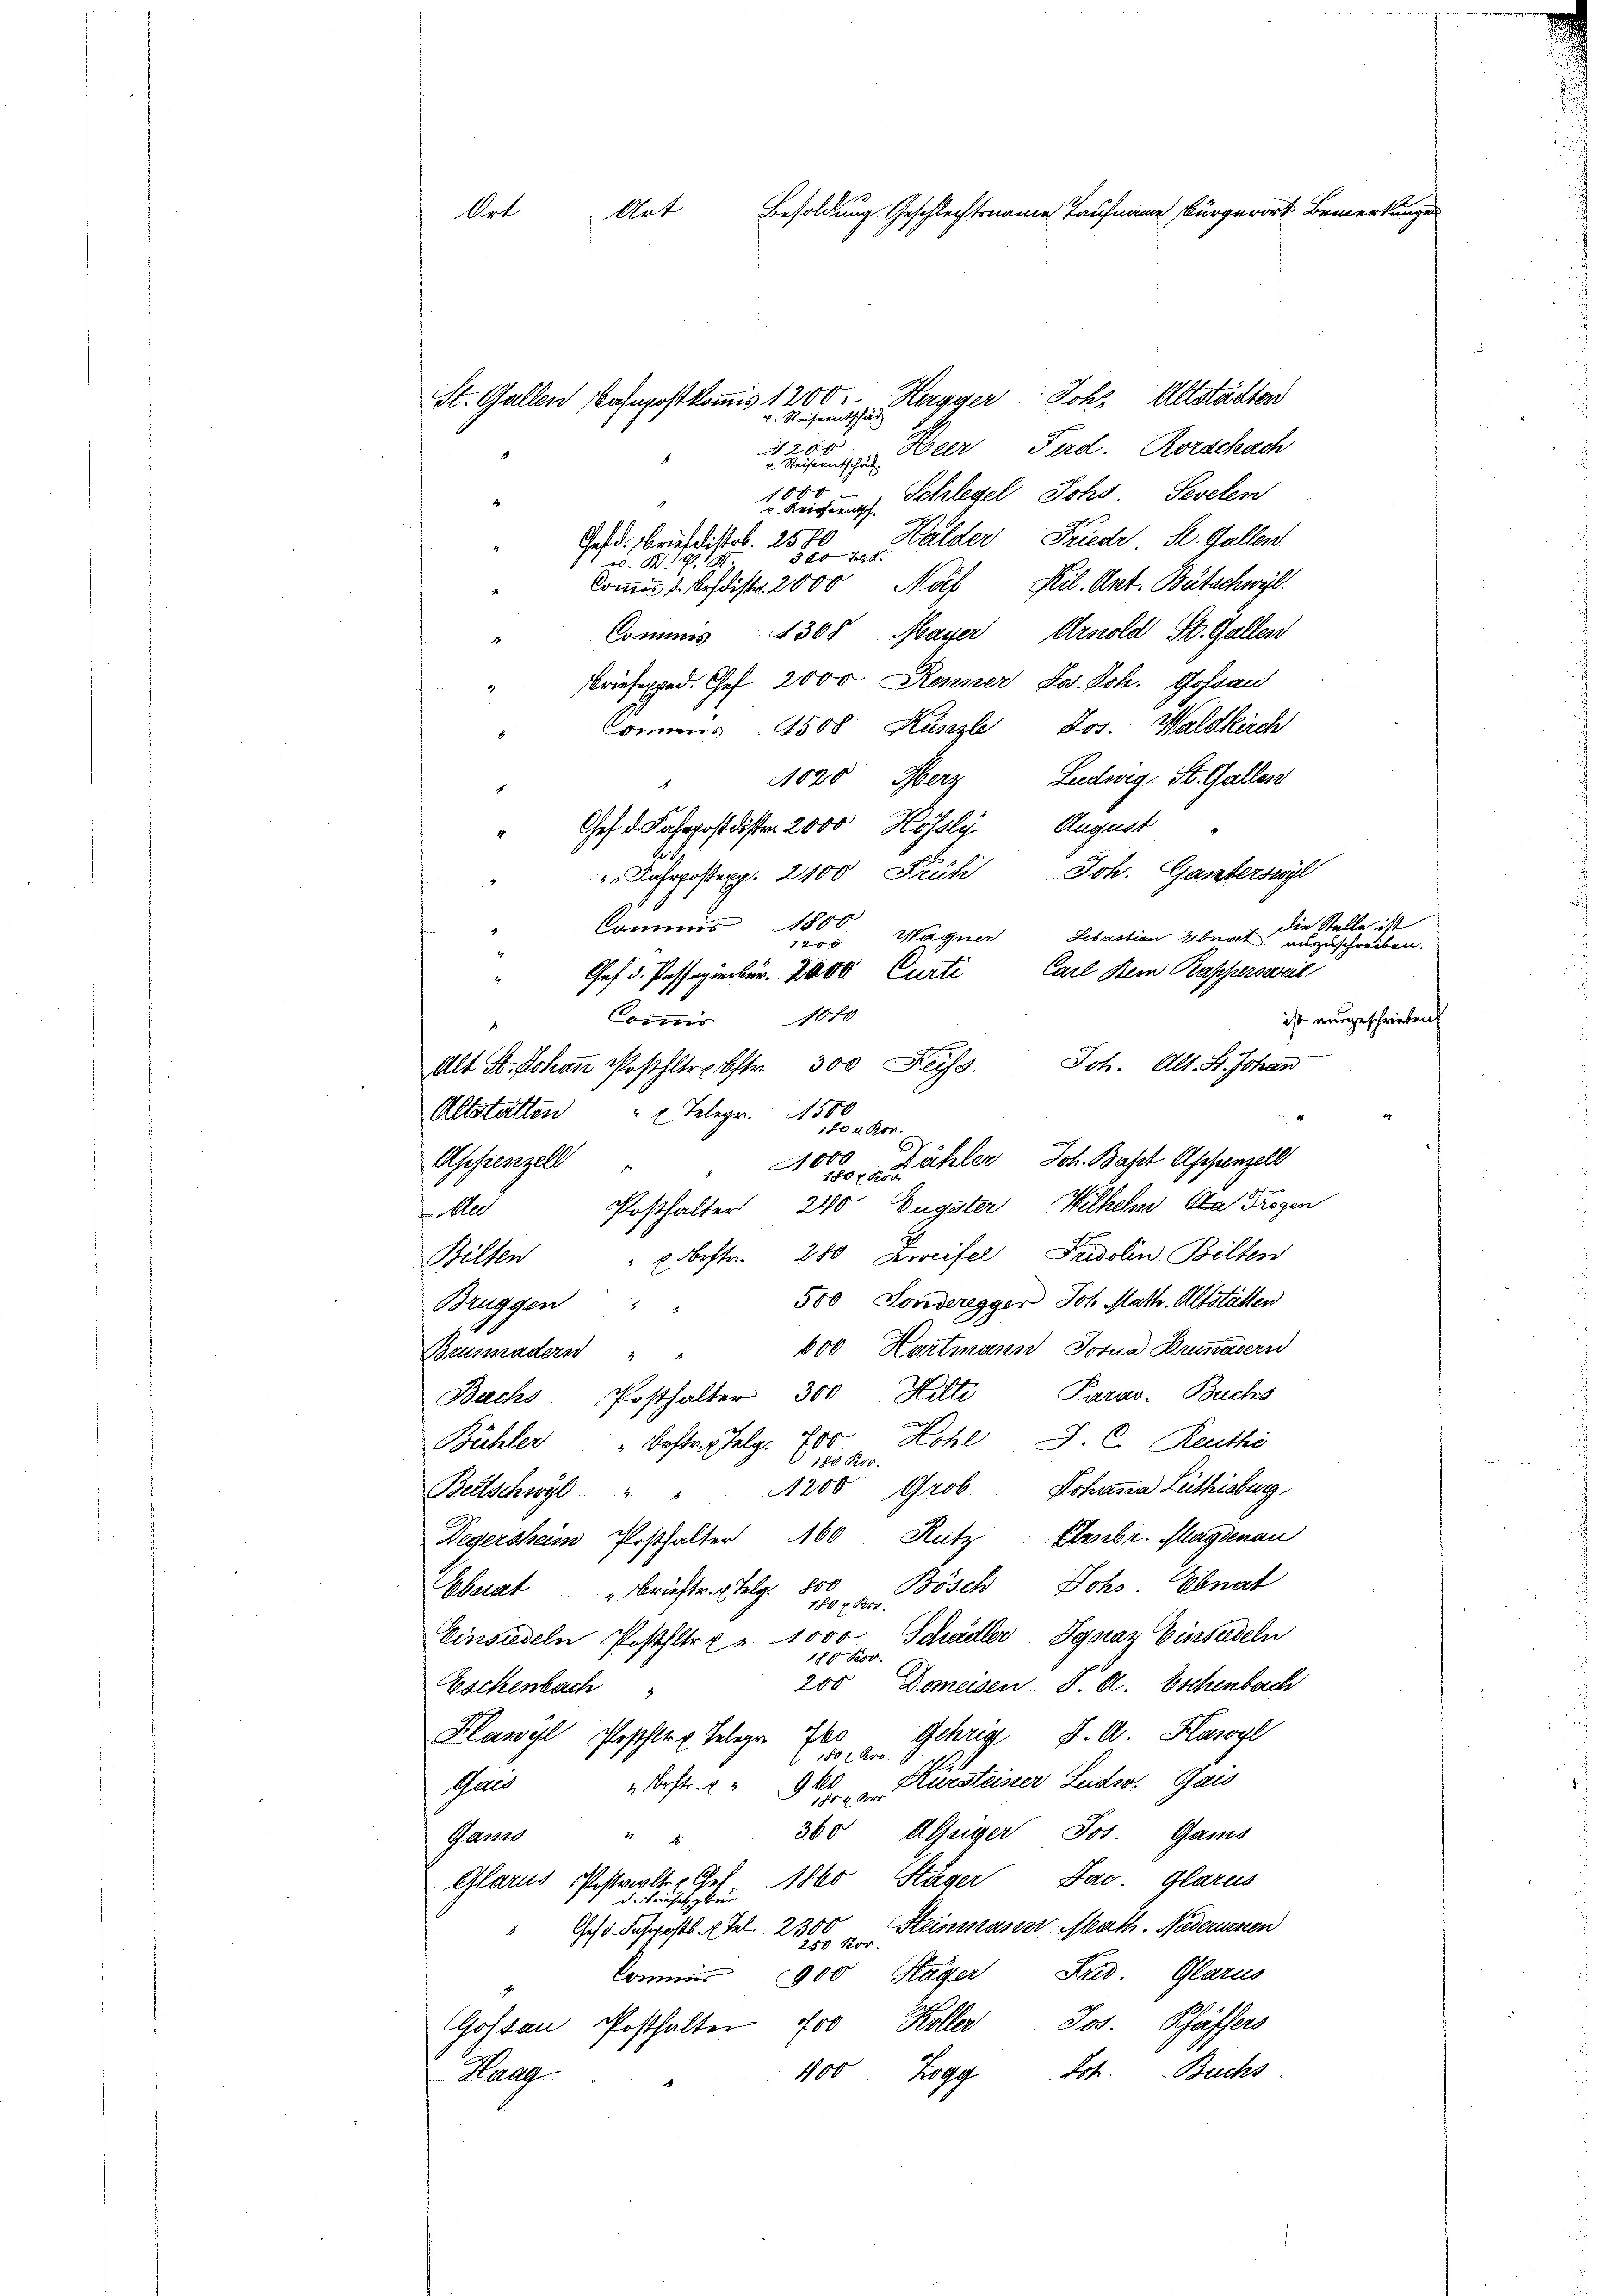
Ort Art Besoldung. Geschlechtsname Taufname Bürgerort Bemerkunges

Hagger Joh. Altstächten
v. Reiseentschäd
Den

Ferd. Rorschach
2 Reiseentschäd
1000
Schlegel, Johs. Sevelen
2 Reich entsch
Halder Friedr St. Gallen
Gefd. Briefdistr. 2580
380 Jul. d.
. S. 1
komit Ausdistr. 2000 Nois Kil. Ant. Bütschwyl
1308 Mayer Arnold St. Gallen
Commis
Briefexped. Ges. 2000 Renner Jos. Joh. Gossau
Comens 1508 Künzle Los. Waldkirch
11020 Herz Ludwig St. Gallen
Aufent
Chef d. Fahrpostdister. 2000 Kössli
Joh. Ganterswyl
Fahrpostexp. 2100 Fruti
die Stelle ist
Commis 1800
1200 Wagner Lebastian Zibnat auszuschreiben.
Chef d. Passapierber. 2000 Curti Carl Kein Rappersweil
1070
Commis
ist ausgeschrieben.
Alt St. Johan Posthltrbtr. 300 Reiss. Joh. Alt. H. Johan
Altstatten " 2 Telegr. 1500
10kr.
402. Dähler Joh. Basst Appenzell
Aschenzell
Posthalter 240 Eugster Wilhelm Ca Trogen
f Mlle
D
" u bestr. 280 Zweifel, Fridolin Bilten
Bilten
500 Sonderegger Joh. Math. Altstätten
Bruggen
600 Hartmann Totua Brussadern
Brünnadern " "
Bachs Posthalter 300 Hilti, Parav. Buchs
c
Kohl. J. C. Reuthe
Bühler " bestr. Telg. 700
180 Rov.
200 Grob. Johanna Lethisburg,
Bettschwyl
Rutz. Febr. Magdenau
Degersheim Posthalter 160
" Brieftr. 2. Julg. 800 Bösch, Johs. Ebnat
Oberat
180 f Br
Einsiedeln Posthltre - 1000 Schädler Ignaz Einsiedeln
180 Nov.
200 Domeisen S. R. Eschenbach
Eschenbach
Flawyl Poscher Telege 700 Gehrig St. A. Hasogl
180 x Pro
Kursteister Leide. Gais
k
Gals
 Krstr.
1850 000
360 Aleiger Jos. Gams
Gas " "
1860 Stäger Jac. Glarus
Glarus Postritter Chef
d. Briefel ber
Ges. Fahrpostb. (Tel 2300 Steinmasser Math. Nidersen
900 Häger Kred. Glarus
Commis
Koller Jos. Pfäffers
Gostan Posthalter 700
Joh. Buchs
400 Zogg
Haag

St. Gallen Bahnpostkommis 1200